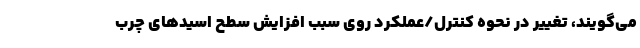
می‌گویند، تغییر در نحوه کنترل/عملکرد روی سبب افزایش سطح اسیدهای چرب